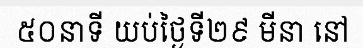
៥០នាទី យប់ថ្ងៃទី២៩ មីនា នៅ